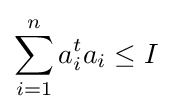
\sum _{i=1}^{n}a_{i}^{t}a_{i}\leq I